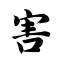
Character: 害